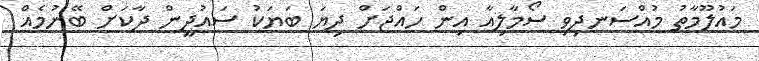
މައުލޫމާތު މުއްސަނދިވި ސޯމާލިއާ އިން ހައްޖަށް ދިޔަ ބަޔަކު ސައުދީން ދާކަށް ބޭނުމެއް